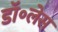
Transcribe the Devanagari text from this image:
डॉ॰लेस